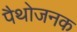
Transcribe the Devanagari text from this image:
पैथोजनक